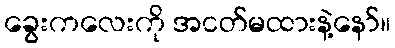
ခွေးကလေးကို အငတ်မထားနဲ့နော်။